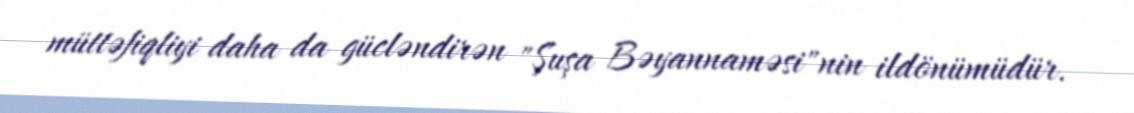
müttəfiqliyi daha da gücləndirən "Şuşa Bəyannaməsi"nin ildönümüdür.